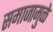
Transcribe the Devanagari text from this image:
समाजामुळे